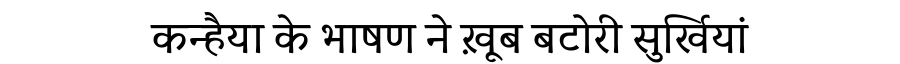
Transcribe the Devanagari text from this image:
कन्हैया के भाषण ने ख़ूब बटोरी सुर्खियां